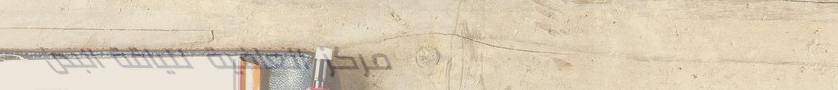
مركز العافية للياقة البدن